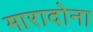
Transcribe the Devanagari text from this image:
मारादोना